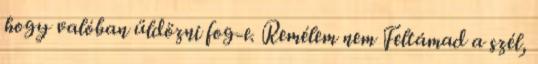
hogy valóban üldözni fog-e. Remélem nem Feltámad a szél,